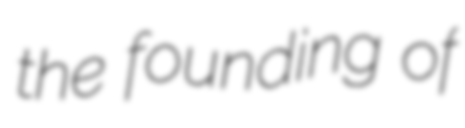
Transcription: the founding of